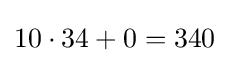
10\cdot 34+0=340